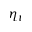
\eta _ { t }